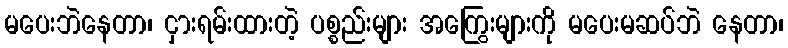
မပေးဘဲနေတာ၊ ငှားရမ်းထားတဲ့ ပစ္စည်းများ အကြွေးများကို မပေးမဆပ်ဘဲ နေတာ၊